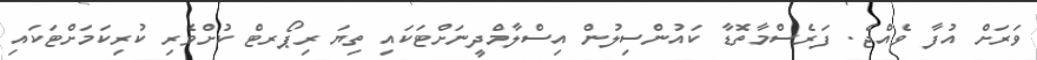
ވަރަށް އުފާ ވެއްޖެ. ފަރެސްމާތޮޑާ ކައުންސިލުން އިސްލާމްދީނަށްޓަކައި ތިޔަ ރިޕޯރޓް ކުށްވެރި ކުރިކަމަށްޓަކައި